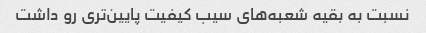
نسبت به بقیه شعبه‌های سیب کیفیت پایین‌تری رو داشت